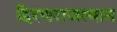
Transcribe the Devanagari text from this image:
हिरणराजस्थान